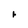
Character: r